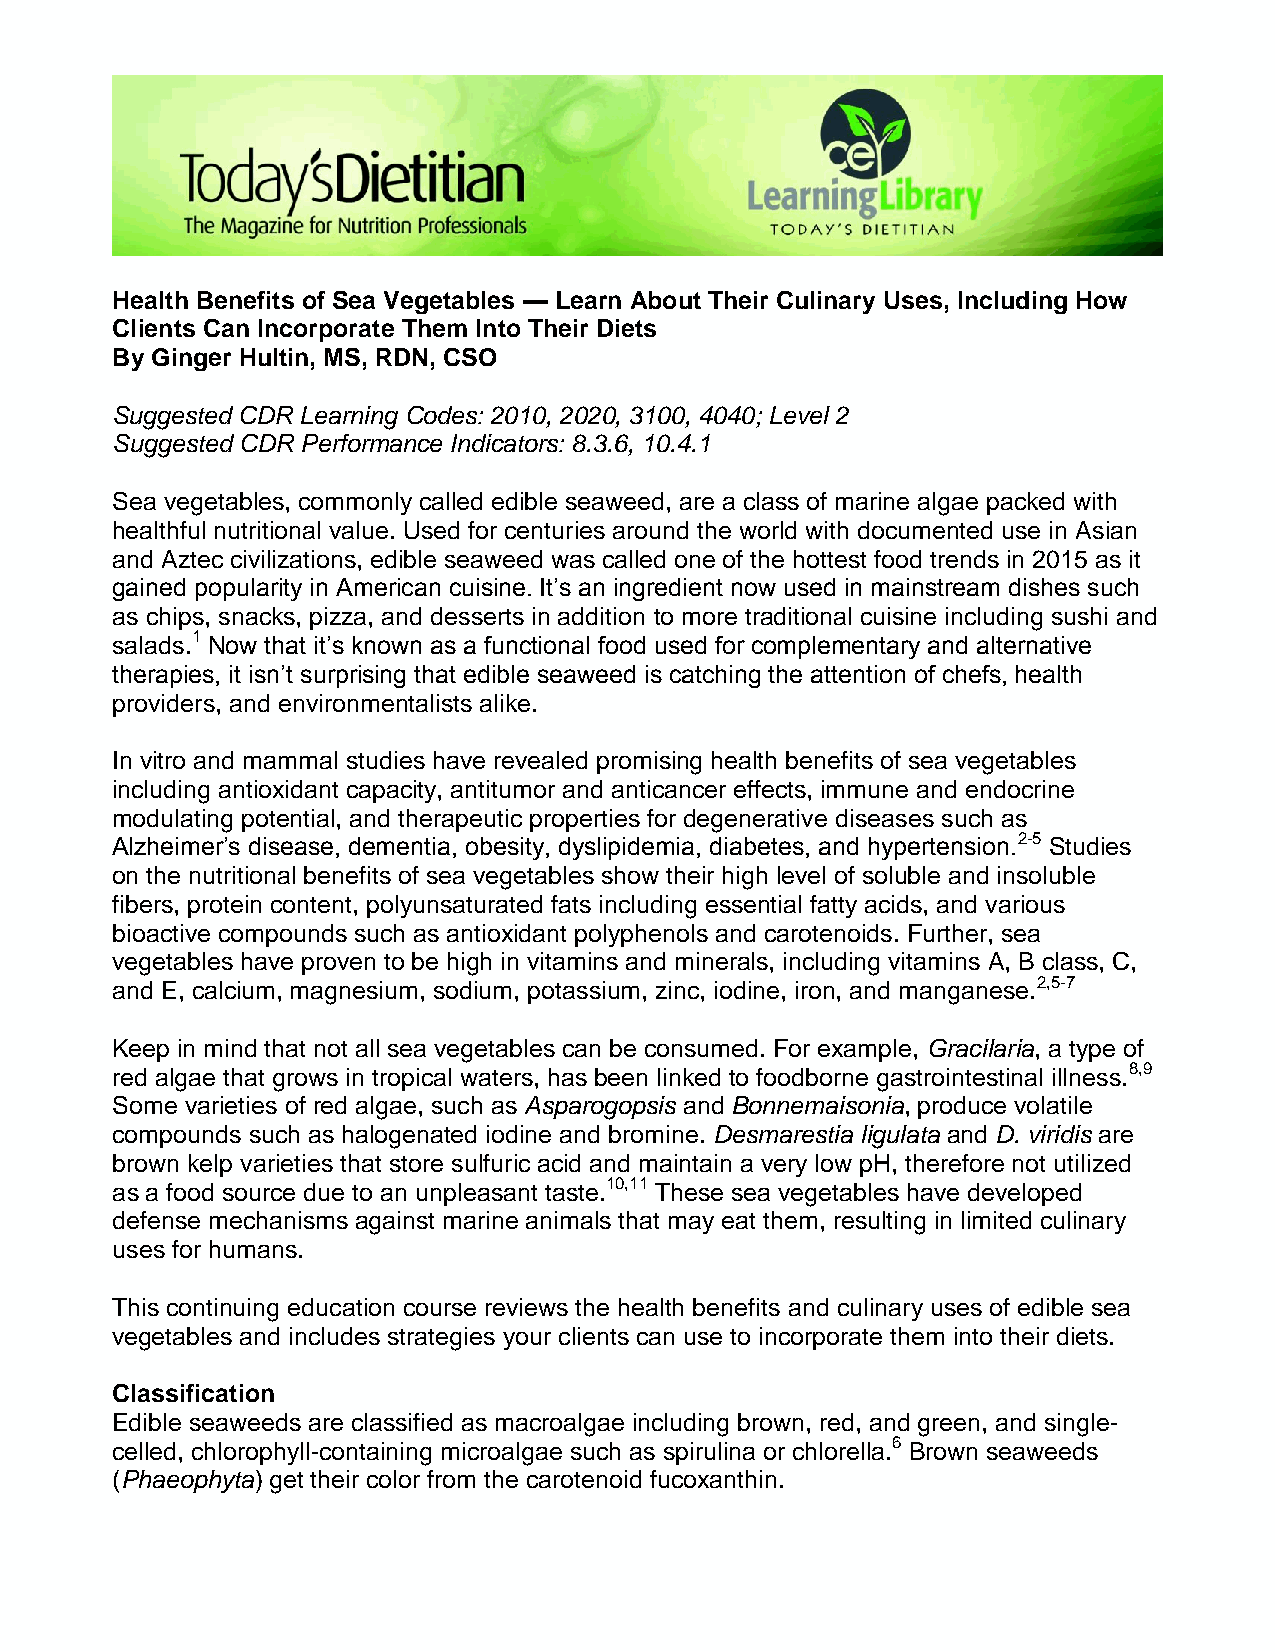
Health Benefits of Sea Vegetables — Learn About Their Culinary Uses, Including How
 Clients Can Incorporate Them Into Their Diets
 By Ginger Hultin, MS, RDN, CSO
 Suggested CDR Learning Codes: 2010, 2020, 3100, 4040; Level 2
 Suggested CDR Performance Indicators: 8.3.6, 10.4.1
 Sea vegetables, commonly called edible seaweed, are a class of marine algae packed with
 healthful nutritional value. Used for centuries around the world with documented use in Asian
 and Aztec civilizations, edible seaweed was called one of the hottest food trends in 2015 as it
 gained popularity in American cuisine. It’s an ingredient now used in mainstream dishes such
 as chips, snacks, pizza, and desserts in addition to more traditional cuisine including sushi and
 salads.1 Now that it’s known as a functional food used for complementary and alternative
 therapies, it isn’t surprising that edible seaweed is catching the attention of chefs, health
 providers, and environmentalists alike.
 In vitro and mammal studies have revealed promising health benefits of sea vegetables
 including antioxidant capacity, antitumor and anticancer effects, immune and endocrine
 modulating potential, and therapeutic properties for degenerative diseases such as
 Alzheimer’s disease, dementia, obesity, dyslipidemia, diabetes, and hypertension.2-5 Studies
 on the nutritional benefits of sea vegetables show their high level of soluble and insoluble
 fibers, protein content, polyunsaturated fats including essential fatty acids, and various
 bioactive compounds such as antioxidant polyphenols and carotenoids. Further, sea
 vegetables have proven to be high in vitamins and minerals, including vitamins A, B class, C,
 and E, calcium, magnesium, sodium, potassium, zinc, iodine, iron, and manganese.2,5-7
 Keep in mind that not all sea vegetables can be consumed. For example, Gracilaria, a type of
 red algae that grows in tropical waters, has been linked to foodborne gastrointestinal illness.8,9
 Some varieties of red algae, such as Asparogopsis and Bonnemaisonia, produce volatile
 compounds such as halogenated iodine and bromine. Desmarestia ligulata and D. viridis are
 brown kelp varieties that store sulfuric acid and maintain a very low pH, therefore not utilized
 as a food source due to an unpleasant taste.10,11 These sea vegetables have developed
 defense mechanisms against marine animals that may eat them, resulting in limited culinary
 uses for humans.
 This continuing education course reviews the health benefits and culinary uses of edible sea
 vegetables and includes strategies your clients can use to incorporate them into their diets.
 Classification
 Edible seaweeds are classified as macroalgae including brown, red, and green, and single-
 celled, chlorophyll-containing microalgae such as spirulina or chlorella.6 Brown seaweeds
 (Phaeophyta) get their color from the carotenoid fucoxanthin.